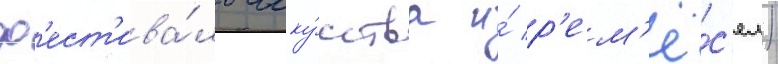
ф'ест'ива́ль иску́сства и́ р'ем'ё́с'ел)